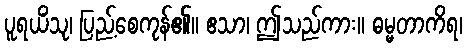
ပူရယိံသု၊ ပြည့်စေကုန်၏။ ဧသာ၊ ဤသည်ကား။ ဓမ္မတာကိရ၊